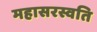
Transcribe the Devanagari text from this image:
महासरस्वति